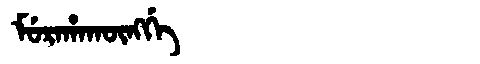
Manchu: ᠮᡠᡵᠠᡥᠠᡴᡡᠩᡤᡝ
Romanization: MURAHAKŪNGGE